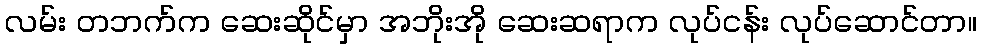
လမ်း တဘက်က ဆေးဆိုင်မှာ အဘိုးအို ဆေးဆရာက လုပ်ငန်း လုပ်ဆောင်တာ။